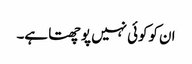
ان کوکوئی نہیں پوچھتا ہے۔